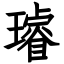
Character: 璿